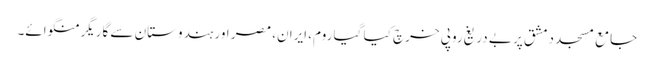
جامع مسجد دمشق پر بے دریغ روپی خرچ کیا گیا روم، ایران، مصر اور ہندوستان سے گاریگر منگوائے۔